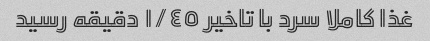
غذا کاملا سرد با تاخیر ١/٤٥ دقیقه رسید